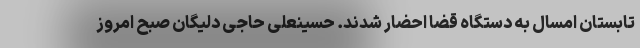
تابستان امسال به دستگاه قضا احضار شدند. حسینعلی حاجی دلیگان صبح امروز